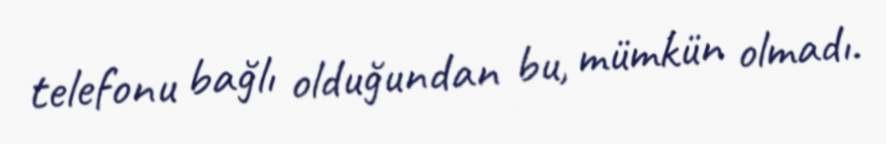
telefonu bağlı olduğundan bu, mümkün olmadı.